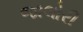
જાલોરી